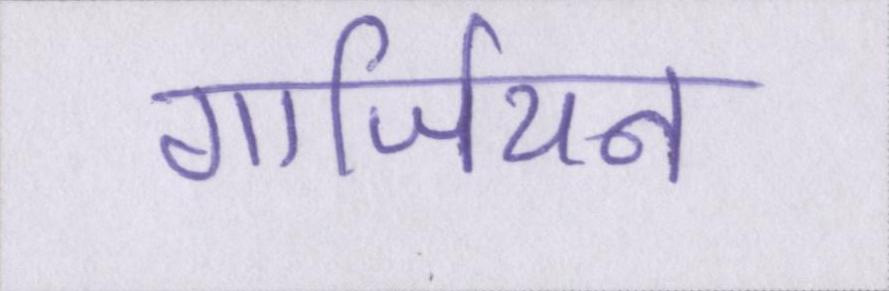
गार्जियन